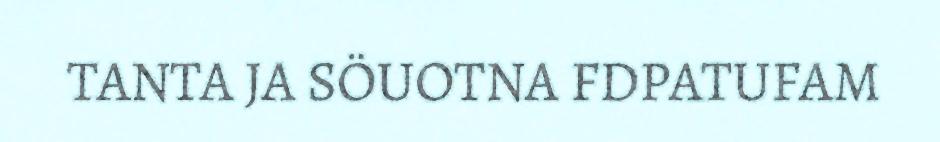
TANTA JA SÖUOTNA FDPATUFAM